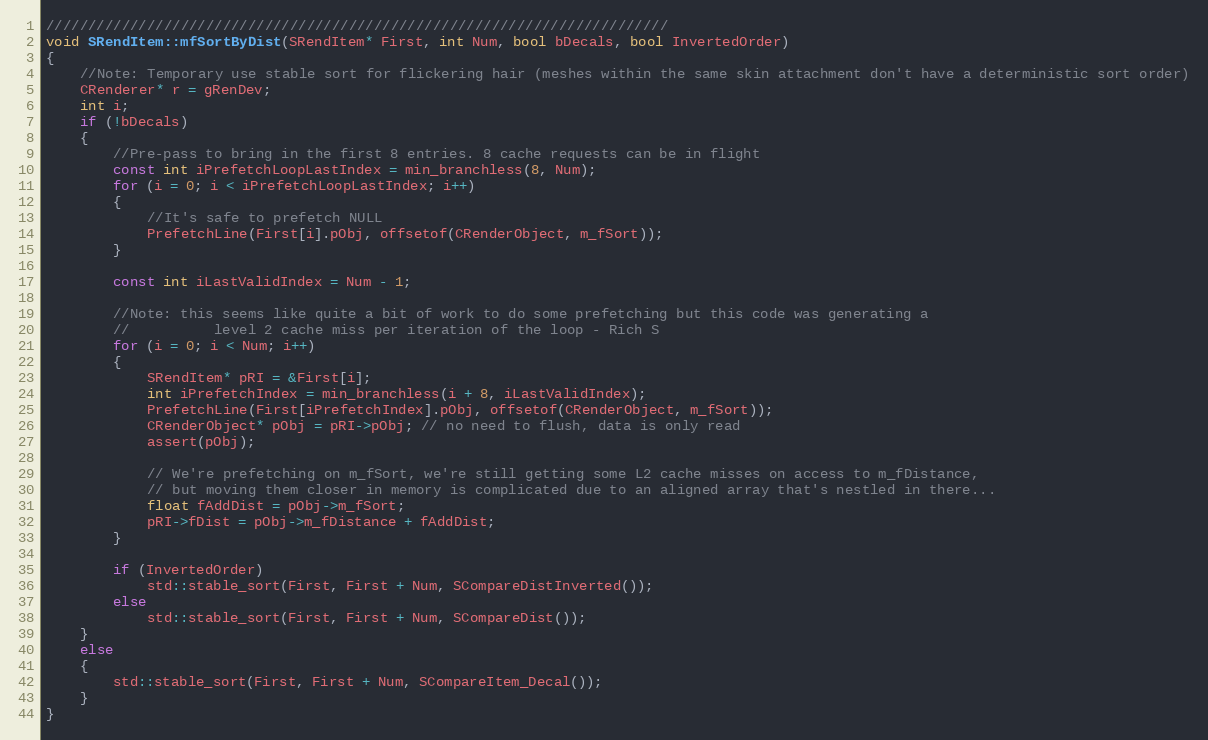
Language: C++
//////////////////////////////////////////////////////////////////////////
void SRendItem::mfSortByDist(SRendItem* First, int Num, bool bDecals, bool InvertedOrder)
{
	//Note: Temporary use stable sort for flickering hair (meshes within the same skin attachment don't have a deterministic sort order)
	CRenderer* r = gRenDev;
	int i;
	if (!bDecals)
	{
		//Pre-pass to bring in the first 8 entries. 8 cache requests can be in flight
		const int iPrefetchLoopLastIndex = min_branchless(8, Num);
		for (i = 0; i < iPrefetchLoopLastIndex; i++)
		{
			//It's safe to prefetch NULL
			PrefetchLine(First[i].pObj, offsetof(CRenderObject, m_fSort));
		}

		const int iLastValidIndex = Num - 1;

		//Note: this seems like quite a bit of work to do some prefetching but this code was generating a
		//			level 2 cache miss per iteration of the loop - Rich S
		for (i = 0; i < Num; i++)
		{
			SRendItem* pRI = &First[i];
			int iPrefetchIndex = min_branchless(i + 8, iLastValidIndex);
			PrefetchLine(First[iPrefetchIndex].pObj, offsetof(CRenderObject, m_fSort));
			CRenderObject* pObj = pRI->pObj; // no need to flush, data is only read
			assert(pObj);

			// We're prefetching on m_fSort, we're still getting some L2 cache misses on access to m_fDistance,
			// but moving them closer in memory is complicated due to an aligned array that's nestled in there...
			float fAddDist = pObj->m_fSort;
			pRI->fDist = pObj->m_fDistance + fAddDist;
		}

		if (InvertedOrder)
			std::stable_sort(First, First + Num, SCompareDistInverted());
		else
			std::stable_sort(First, First + Num, SCompareDist());
	}
	else
	{
		std::stable_sort(First, First + Num, SCompareItem_Decal());
	}
}